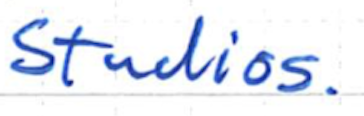
Text: Studios.
Cross-out: clean
Writing tool: ballpoint